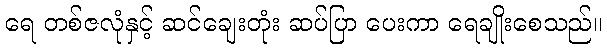
ရေ တစ်ဇလုံနှင့် ဆင်ချေးတုံး ဆပ်ပြာ ပေးကာ ရေချိုးစေသည်။